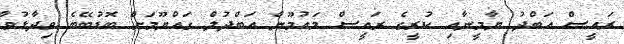
ރައީސް އަބްދު ޔާމީނާއި ކުރީގެ ރައީސް މައުމޫން އަބްދުލް ގައްޔޫމަށް ބޮޑުބޭބެ ވިދާޅުވާ